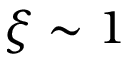
\xi \sim 1